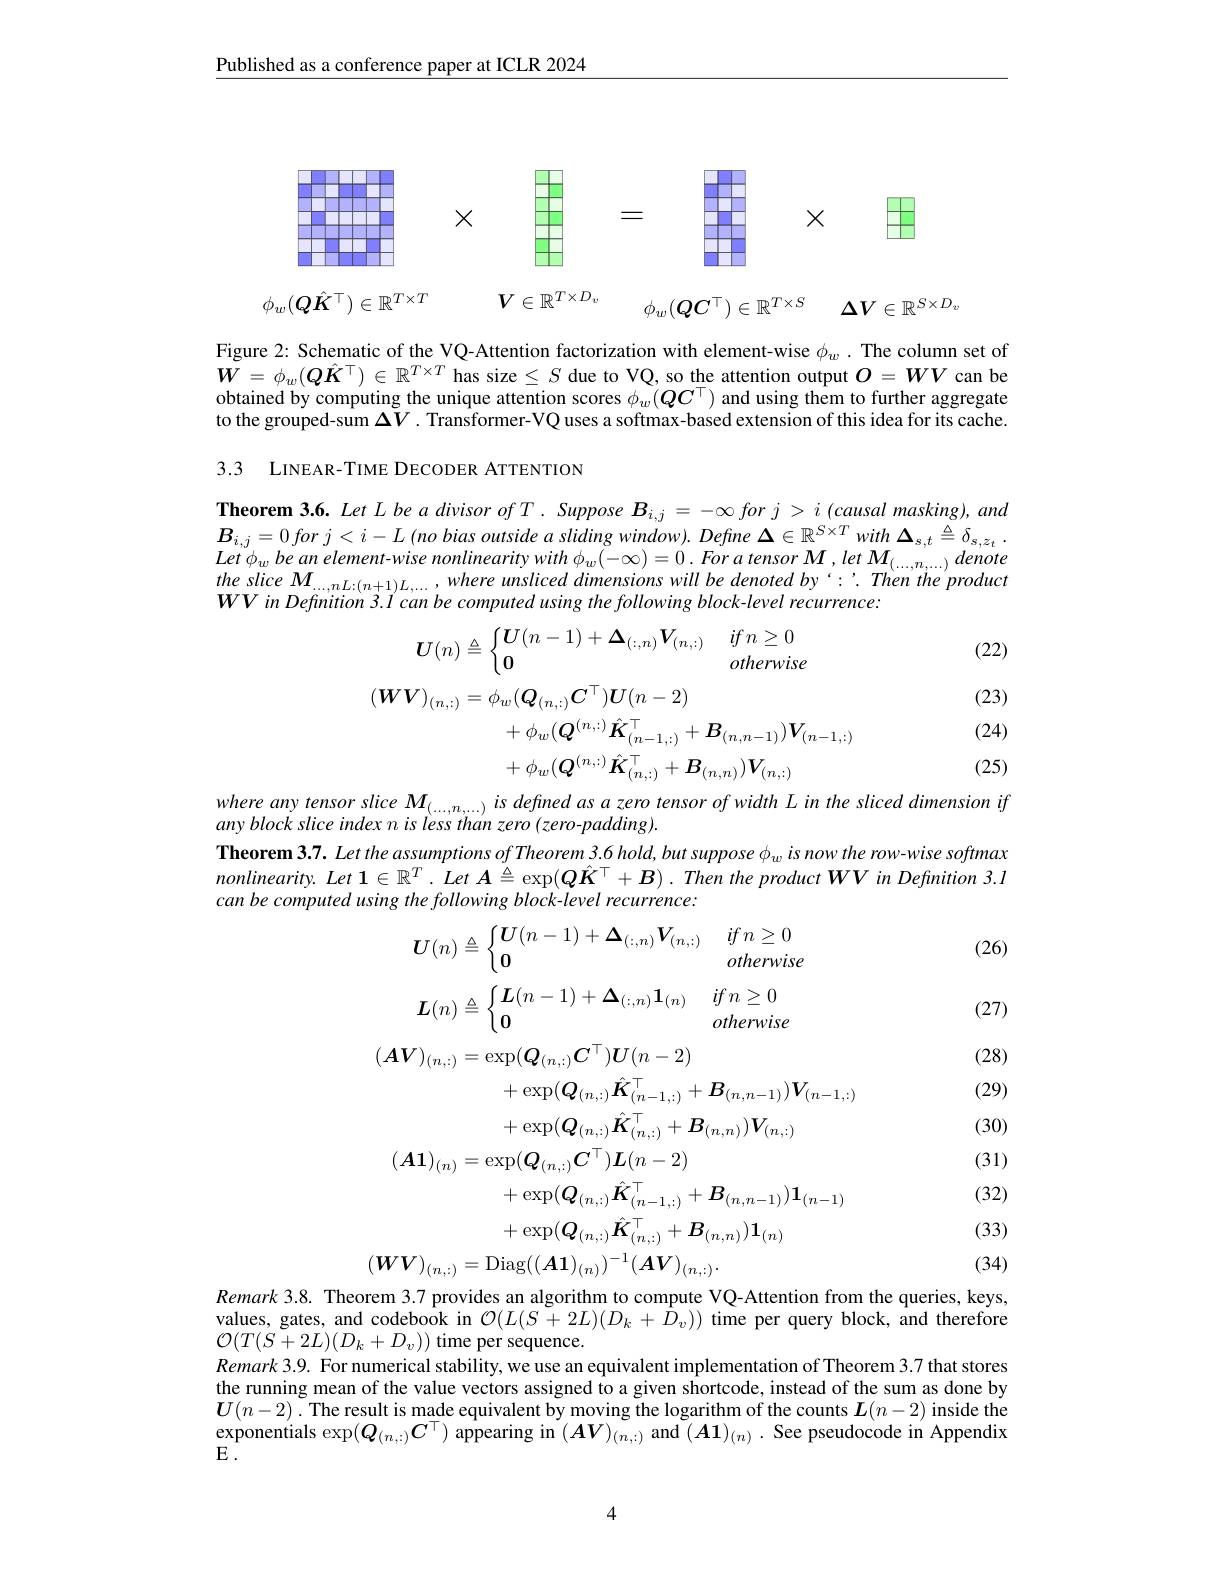
Published as a conference paper at ICLR 2024

<FigureHere>

Figure 2: Schematic of the VQ-Attention factorization with element-wise $\phi_w.$ The column set of $\boldsymbol{W}=\phi_w(\boldsymbol{Q}\hat{\boldsymbol{K}}^\top)\in\mathbb{R}^{T\times T}$ has size$\leq S$ due to VQ, so the attention output $O=WV$ can be obtained by computing the unique attention scores $\phi_w(QC^\top)$ and using them to further aggregate to the grouped-sum $\Delta V.$ Transformer-VQ uses a softmax-based extension of this idea for its cache. 3.3 LINEAR-TIME DECODER ATTENTION

Theorem 3.6. Let $L$ be a divisor of . Suppose $\boldsymbol{B}_{i, j}= - \infty \textit{for }j> i$ (causal masking), and $B_{i, j}= 0for$ $j< i- L$ $( no$ bias outside $a$ sliding $window) . Define$ $\Delta \in \mathbb{R} ^{S\times T}with$ $\Delta _{s, t}\triangleq \delta _{s, z_t}$ . Lat ban alam alam ant winde $a$ sliding $window) .$ Define $\Delta \in \mathbb{R} ^{S\times T}with$ $\Delta _{s, t}\triangleq \delta _{s, z_t}$ . $\begin{array}{l}{Let\phi_{w}bean~element-wise~nonlinearity~with~\phi_{w}(-\infty)=0.~For~a~tensor~M~,let~M_{(\ldots,n,\ldots)}~denote\\the~slice~M_{\ldots,nL:(n+1)L,\ldots,where~unsliced~dimensions~will~be~denoted~by~:':~Then~the~product}\end{array}}\\$ $WV$ in Definition 3.1 can be computed using the following block-level recurrence:

(22)

(23)
$$\begin{aligned}\boldsymbol{U}(n)&\triangleq\begin{cases}\boldsymbol{U}(n-1)+\boldsymbol{\Delta}_{(:,n)}\boldsymbol{V}_{(n,:)}&if\:n\geq0\\\boldsymbol{0}&otherwise\end{cases}\\(\boldsymbol{W}\boldsymbol{V})_{(n,:)}&=\phi_{w}(\boldsymbol{Q}_{(n,:)}\boldsymbol{C}^{\top})\boldsymbol{U}(n-2)\\&+\phi_{w}(\boldsymbol{Q}^{(n,:)}\hat{\boldsymbol{K}}_{(n-1,:)}^{\top}+\boldsymbol{B}_{(n,n-1)})\boldsymbol{V}_{(n-1,:)}\\&+\phi_{w}(\boldsymbol{Q}^{(n,:)}\hat{\boldsymbol{K}}_{(n,:)}^{\top}+\boldsymbol{B}_{(n,n)})\boldsymbol{V}_{(n,:)}\\&+\boldsymbol{M}_{(n,:)}\end{aligned}$$
(24)

(25)

where any tensor slice $M_{(\ldots,n,\ldots)}$ is defined as a zero tensor of width L in the sliced dimension if
any block slice index n is less than zero (zero-padding).
Theorem 3.7. Let the assumptions of Theorem 3.6 hold, but suppose $\phi_w$ is now the row-wise softmax $nonlinearity.Let1\in\mathbb{R}^T.Let\boldsymbol{A}\triangleq\exp(Q\hat{\boldsymbol{K}}^\top+B).Then$ the product WV in Defnition 3.l can be computed using the following block-level recurrence:

(26)
$$\boldsymbol{U}(n)\triangleq\left\{\begin{matrix}\boldsymbol{U}(n-1)+\boldsymbol{\Delta}_{(:,n)}\boldsymbol{V}_{(n,:)}&\:if\:n\geq0\\\boldsymbol{0}&\:otherwise\end{matrix}\right.$$
$$\boldsymbol{L}(n)\triangleq\left\{\begin{matrix}\boldsymbol{L}(n-1)+\boldsymbol{\Delta}_{(:,n)}\boldsymbol{1}_{(n)}&\textit{if}\:n\ge0\\\boldsymbol{0}&\textit{otherwise}\end{matrix}\right.$$
$$(AV)_{(n,:)}=\exp(Q_{(n,:)}C^\top)U(n-2)$$
(27)

(28)

(29)

(30)

(31)
$$\begin{aligned}&+\exp(\boldsymbol{Q}_{(n,:)}\hat{\boldsymbol{K}}_{(n-1,:)}^{\top}+\boldsymbol{B}_{(n,n-1)})\boldsymbol{V}_{(n-1,:)}\\&+\exp(\boldsymbol{Q}_{(n,:)}\hat{\boldsymbol{K}}_{(n,:)}^{\top}+\boldsymbol{B}_{(n,n)})\boldsymbol{V}_{(n,:)}\\&(\boldsymbol{A}\mathbf{1})_{(n)}=\exp(\boldsymbol{Q}_{(n,:)}\boldsymbol{C}^{\top})\boldsymbol{L}(n-2)\\&+\exp(\boldsymbol{Q}_{(n,:)}\hat{\boldsymbol{K}}_{(n-1,:)}^{\top}+\boldsymbol{B}_{(n,n-1)})\mathbf{1}_{(n-1)}\\&+\exp(\boldsymbol{Q}_{(n,:)}\hat{\boldsymbol{K}}_{(n,:)}^{\top}+\boldsymbol{B}_{(n,n)})\mathbf{1}_{(n)}\\&(\boldsymbol{W}\boldsymbol{V})_{(n,:)}=\mathrm{Diag}((\boldsymbol{A}\boldsymbol{1})_{(n)})^{-1}(\boldsymbol{A}\boldsymbol{V})_{(n,:)}.\end{aligned}$$
(32)

(33)

(34)

Remark 3.8. Theorem 3.7 provides an algorithm to compute VQ-Attention from the queries, keys, values, gates, and codebook in $\mathcal{O}(L(S+2L)(D_k+\hat{D}_v))$ time per query block, and therefore $\mathcal{O}(T(S+2L)(D_{k}+D_{v}))$ time per sequence.
Remark 3.9. For numerical stability, we use an equivalent implementation of Theorem 3.7 that stores the running mean of the value vectors assigned to a given shortcode, instead of the sum as done by $\boldsymbol{U}(n-2).$The result is made equivalent by moving the logarithm of the counts $\boldsymbol{L}(n-2)$ inside the $\underset{\Gamma}{\operatorname*{\operatorname*{\text{exponentials }}}}\exp(\boldsymbol{Q}_{(n,:)}\boldsymbol{C}^\top)\overset{\operatorname*{\operatorname*{\text{ appearing in }}}}(\boldsymbol{A}\boldsymbol{V})_{(n,:)}$ and $(\boldsymbol{A}\boldsymbol{1})_(n).$ See pseudocode in Appendix $E.$

4